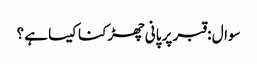
سوال : قبر پر پانی چھڑکنا کیسا ہے ؟